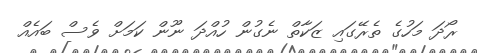
ރޯދަ މަހުގެ ތެރޭގައި ޒަކާތް ނެގުން ހުއްދަ ނޫން ކަމަށް ވެސް ބައެއް